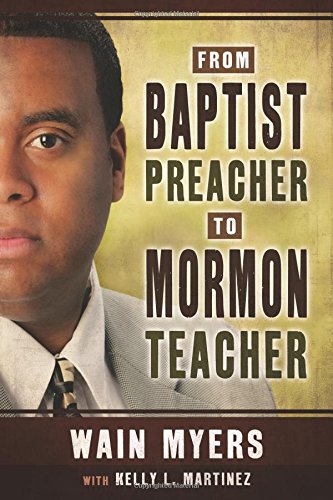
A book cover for From Baptist Preacher to Mormon Teacher; Wain Myers; Christian Books & Bibles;